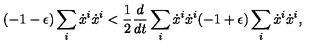
( - 1 - \epsilon ) \sum _ { i } \dot { x } ^ { i } \dot { x } ^ { i } < \frac { 1 } { 2 } \frac { d } { d t } \sum _ { i } \dot { x } ^ { i } \dot { x } ^ { i } ( - 1 + \epsilon ) \sum _ { i } \dot { x } ^ { i } \dot { x } ^ { i } ,